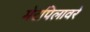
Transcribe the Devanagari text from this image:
मेटपिलावरे